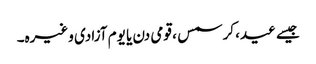
جیسے عید، کرسمس ، قومی دن یا یوم آزادی وغیرہ۔